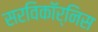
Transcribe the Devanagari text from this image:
सरविकॉर्निस